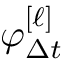
\varphi _ { \Delta { t } } ^ { [ \ell ] }